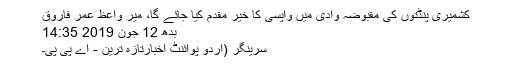
کشمیری پنڈتوں کی مقبوضہ وادی میں واپسی کا خیر مقدم کیا جائے گا، میر واعظ عمر فاروق
بدھ 12 جون 2019 14:35
سرینگر (اُردو پوائنٹ اخبارتازہ ترین - اے پی پی۔